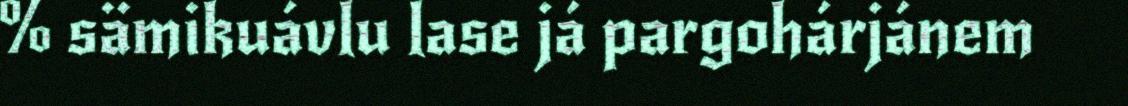
% sämikuávlu lase já pargohárjánem